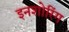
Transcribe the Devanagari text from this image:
इनशोरिंग